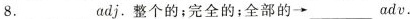
8._______adj.整个的；完全的；全部的→_____adv.